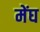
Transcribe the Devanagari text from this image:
मेंघ